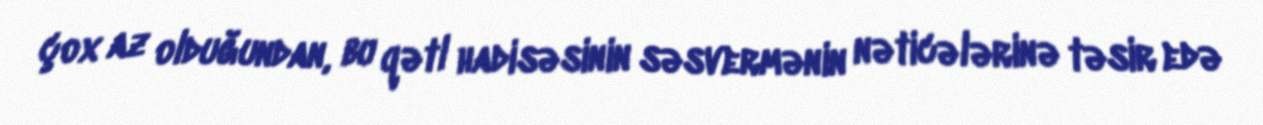
çox az olduğundan, bu qətl hadisəsinin səsvermənin nəticələrinə təsir edə